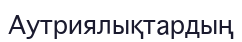
Аутриялықтардың